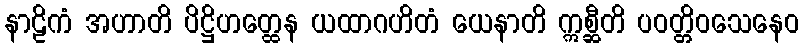
နာဠိကံ အဟာတိ ပိဋ္ဌိဟတ္ထေန ယထာဂဟိတံ ယေနာတိ ဣစ္ဆီတိ ပဝတ္တိဝသေနေဝ